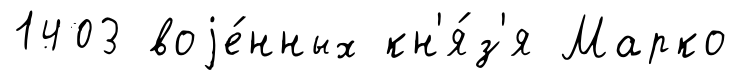
1403 воjе́нных кн'я́з'я Марко